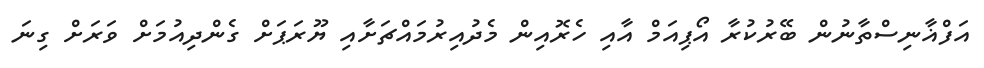
އަފްޣާނިސްތާނުން ބޭރުކުރާ އޯޕިއަމް އާއި ހެރޮއިން މެދުއިރުމައްޗަށާއި ޔޫރަަޕަށް ގެންދިއުމަށް ވަރަށް ގިނަ